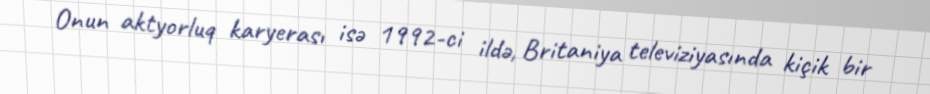
Onun aktyorluq karyerası isə 1992-ci ildə, Britaniya televiziyasında kiçik bir